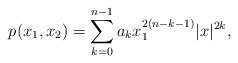
LaTeX: \begin{align*} p(x_1,x_2)=\sum_{k=0}^{n-1} a_k x_1^{2(n-k-1)}|x|^{2k},\end{align*}